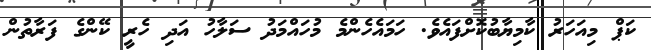
ކަޕް މިއަހަރު ކާމިޔާބުކޮށްފައެވެ. ހަމައެހެންމެ މުހައްމަދު ސަލާހު އަދި ހެރީ ކޭންގެ ފަރާތުން